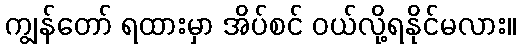
ကျွန်တော် ရထားမှာ အိပ်စင် ဝယ်လို့ရနိုင်မလား။